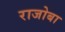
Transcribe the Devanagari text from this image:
राजोबा